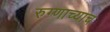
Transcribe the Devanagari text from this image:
रुग्णाच्याच